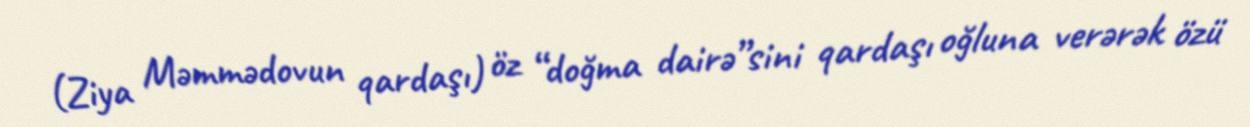
(Ziya Məmmədovun qardaşı) öz “doğma dairə”sini qardaşı oğluna verərək özü